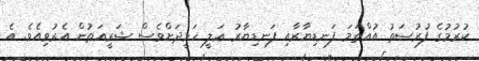
ކުރުމުގެ ފުރުޞަތު އުއްތަމަ ފަނޑިޔާރާއި ފަނޑިޔާރު ޢަލީ ހަމީދަށްވެސް ޝަރީއަތުން އެރުވިއެވެ. އެ